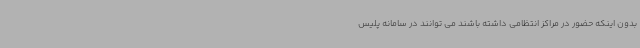
بدون اینکه حضور در مراکز انتظامی داشته باشند می توانند در سامانه پلیس